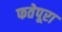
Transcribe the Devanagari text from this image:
फतेपूरा